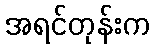
အရင်တုန်းက